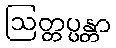
ဩတ္တပ္ပန္တာ